Lunatic asylums in Bengal annual reports 1888-1898 - 1888-1898
Year: 1888
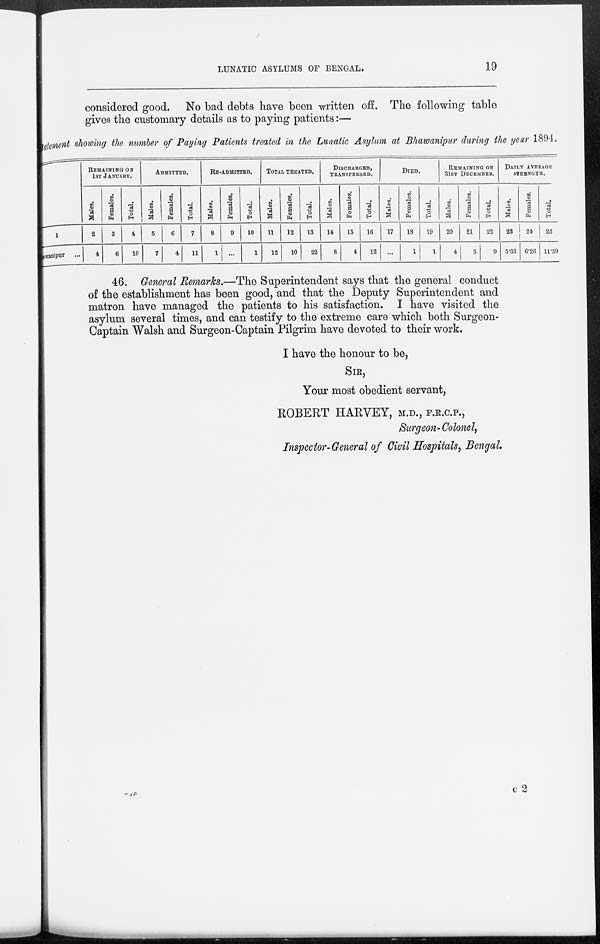
LUNATIC ASYLUMS OF BENGAL.
19
considered good. No bad debts have been written off. The following table
gives the customary details as to paying patients:—
Statement showing the number of Paying Patients treated in the Lunatic Asylum at Bhawanipur during the year 1894.
1
Bhawanipur ...
REMAINING ON
1ST JANUARY.
Males.
2
4
Females.
3
6
Total.
4
10
ADMITTED.
Males.
5
7
Females.
6
4
Total.
7
11
RE-ADMITTED.
Males.
8
1
Females.
9
...
Total.
10
1
TOTAL TREATED.
Males.
11
12
Females.
12
10
Total.
13
22
DISCHARGED,
TRANSFERRED.
Males.
14
8
Females.
15
4
Total.
16
12
DIED.
Males.
17
...
Females.
18
1
Total.
19
1
REMAINING ON
31ST DECEMBER.
Males.
20
4
Females.
21
5
Total.
22
9
DAILY AVERAGE
STRENGTH.
Males.
23
5.33
Females.
24
6.26
Total.
25
11.59
46. General Remarks.—The Superintendent says that the general conduct
of the establishment has been good, and that the Deputy Superintendent and
matron have managed the patients to his satisfaction. I have visited the
asylum several times, and can testify to the extreme care which both Surgeon-
Captain Walsh and Surgeon-Captain Pilgrim have devoted to their work.
I have the honour to be,
SIR,
Your most obedient servant,
ROBERT HARVEY, M.D., F.R.C.P.,
Surgeon- Colonel,
Inspector-General of Civil Hospitals, Bengal.
c 2